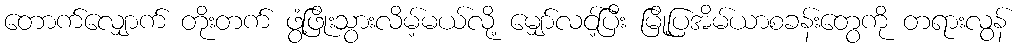
တောက်လျှောက် တိုးတက် ဖွံ့ဖြိုးသွားလိမ့်မယ်လို့ မျှော်လင့်ပြီး မြို့ပြအိမ်ယာစခန်းတွေကို တရားလွန်